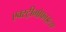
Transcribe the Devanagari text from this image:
एक्स्ट्रीमोफाइल्स